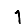
Digit: 1